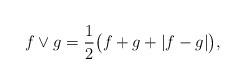
LaTeX: \begin{align*}f\vee g= \frac{1}{2}\big( f + g + |f-g| \big),\end{align*}